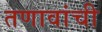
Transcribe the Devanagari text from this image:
तणावांची